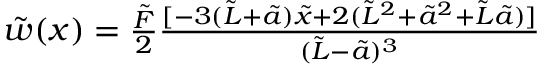
\begin{array} { r } { \tilde { w } ( x ) = \frac { \tilde { F } } { 2 } \frac { [ - 3 ( \tilde { L } + \tilde { a } ) \tilde { x } + 2 ( \tilde { L } ^ { 2 } + \tilde { a } ^ { 2 } + \tilde { L } \tilde { a } ) ] } { ( \tilde { L } - \tilde { a } ) ^ { 3 } } } \end{array}